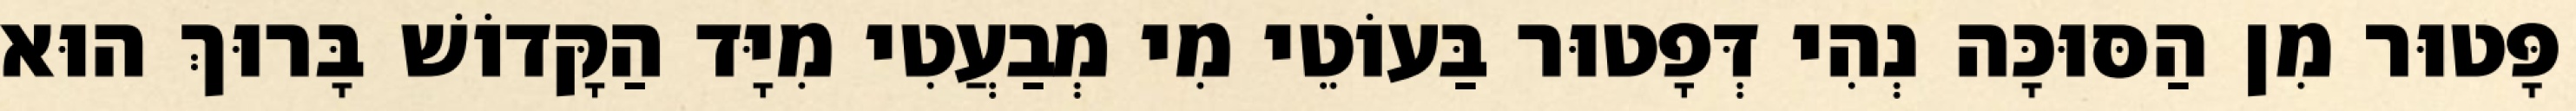
פָּטוּר מִן הַסּוּכָּה נְהִי דְּפָטוּר בַּעוֹטֵי מִי מְבַעֲטִי מִיָּד הַקָּדוֹשׁ בָּרוּךְ הוּא